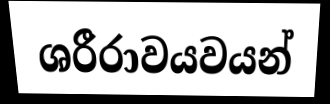
ශරීරාවයවයන්